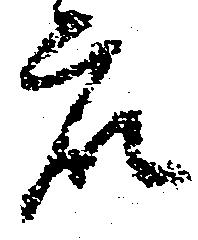
衆